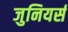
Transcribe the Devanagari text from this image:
जुनियर्स